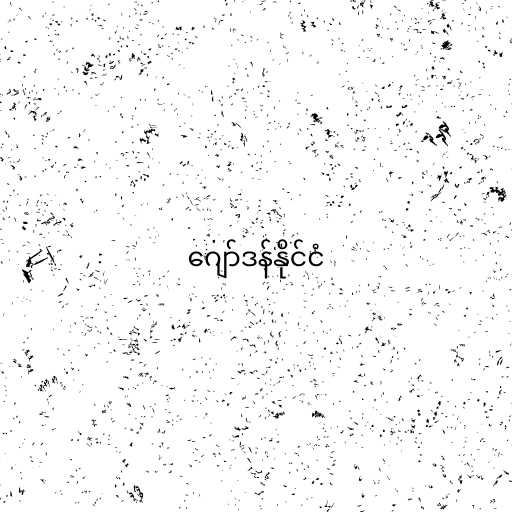
ဂျော်ဒန်နိုင်ငံ